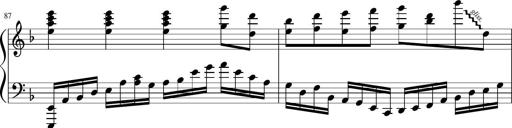
Title: Sonatina in F major
Composer: Ethan Ngo
Key: F major